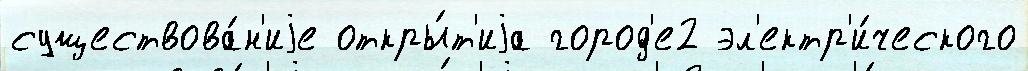
существова́н'иjе откры́т'иjа город'е2 эл'ектр'и́ческого